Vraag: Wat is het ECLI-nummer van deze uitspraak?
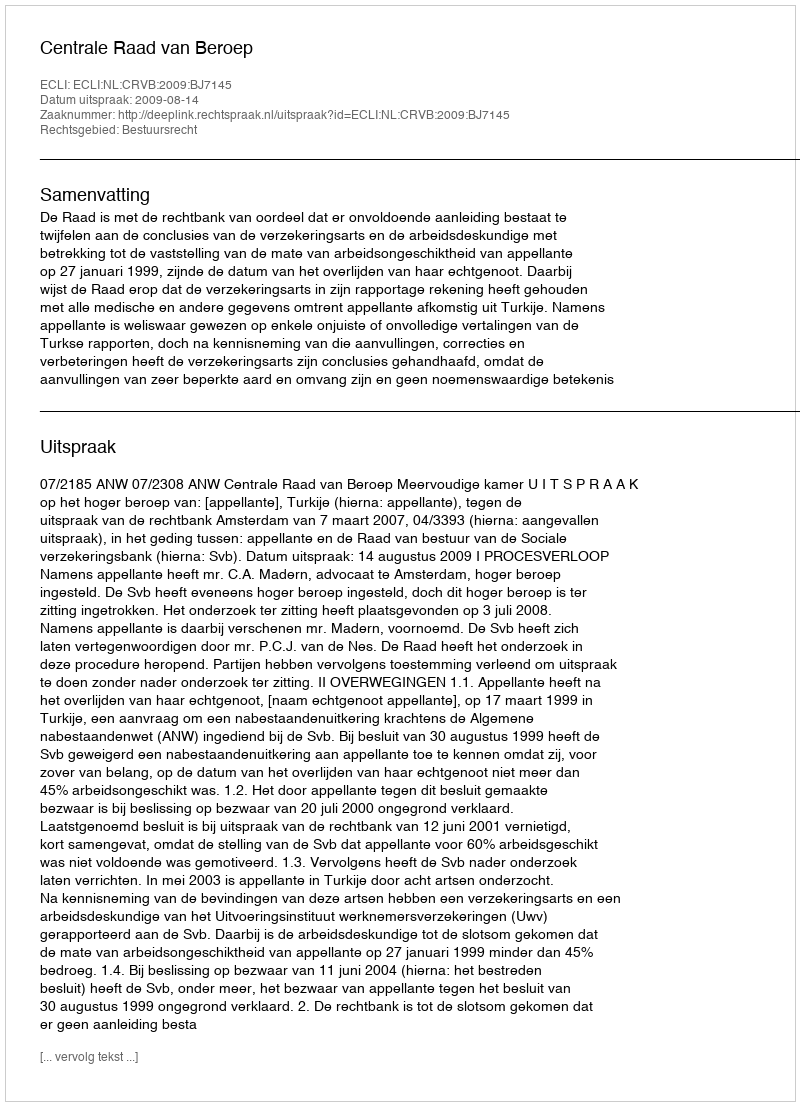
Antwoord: ECLI:NL:CRVB:2009:BJ7145